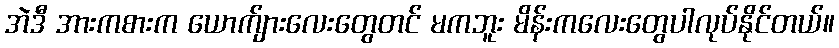
အဲဒီ အားကစားက ယောက်ျားလေးတွေတင် မကဘူး မိန်းကလေးတွေပါလုပ်နိုင်တယ်။